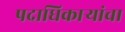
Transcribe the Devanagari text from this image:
पदाधिकार्‍यांचा